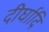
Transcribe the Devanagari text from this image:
दीर्घादि